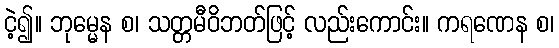
ငဲ့၍။ ဘုမ္မေန စ၊ သတ္တမီဝိဘတ်ဖြင့် လည်းကောင်း။ ကရဏေန စ၊